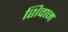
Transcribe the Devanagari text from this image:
शिवान